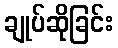
ချုပ်ဆိုခြင်း